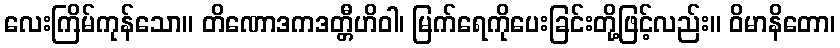
လေးကြိမ်ကုန်သော။ တိဏောဒကဒတ္တီဟိဝါ၊ မြက်ရေကိုပေးခြင်းတို့ဖြင့်လည်း။ ဝိမာနိတော၊